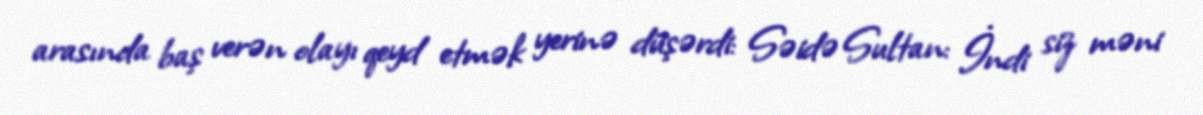
arasında baş verən olayı qeyd etmək yerinə düşərdi: Səidə Sultan: İndi siz məni